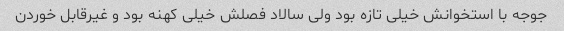
جوجه با استخوانش خیلی تازه بود ولی سالاد فصلش خیلی کهنه بود و غیرقابل خوردن